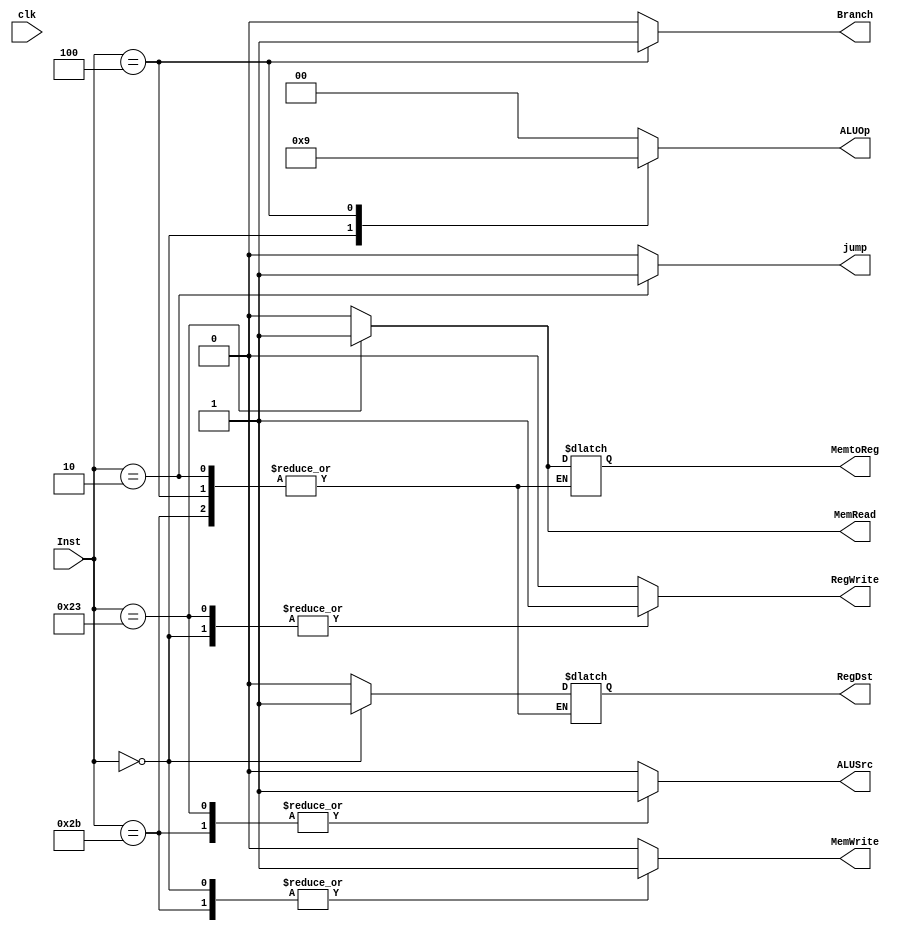
module Control(Inst, RegDst, Branch,
               MemRead, MemtoReg, ALUOp,
               MemWrite, ALUSrc, RegWrite
               ,jump, clk);

  input [5:0] Inst;
  output reg [1:0] ALUOp;
  output reg RegDst,Branch,MemRead;
  output reg MemtoReg,MemWrite,ALUSrc,RegWrite,jump;
  input wire clk;

  initial begin
    jump = 0;
  end

  always @ (Inst) begin
    case(Inst)
        'b 000000: begin
            RegDst <= 1;
            Branch <= 0;
            jump = 0;
            MemRead <= 0;
            MemtoReg <= 0;
            ALUOp <= 'b 10;
            MemWrite <= 1;
            ALUSrc <= 0;
            RegWrite <= 1;
          end
        'b 100011: begin
            RegDst <= 0;
            Branch <= 0 ;
            jump = 0;
            MemRead <= 1;
            MemtoReg <= 1;
            ALUOp <= 'b 00;
            MemWrite <= 0;
            ALUSrc <= 1;
            RegWrite <= 1;
          end
        'b 101011: begin
            Branch <= 0;
            MemRead <= 0;
            jump = 0;
            ALUOp <= 'b 00;
            MemWrite <= 1;
            ALUSrc <= 1;
            RegWrite <= 0;
          end
        'b 000100: begin
            Branch <= 1;
            MemRead <=0;
            jump = 0;
            ALUOp <= 'b 01;
            MemWrite <= 0;
            ALUSrc <= 0;
            RegWrite <= 0;
          end
        'b 000010: begin
            Branch <= 0;
            jump = 1;
            MemRead <=0;
            ALUOp <= 'b 00;
            MemWrite <= 0;
            ALUSrc <= 0;
            RegWrite <= 0;
          end
          default : begin
            RegDst <= 0;
            Branch <= 0;
            jump = 0;
            MemRead <= 0;
            MemtoReg <= 0;
            ALUOp <= 'b 00;
            MemWrite <= 0;
            ALUSrc <= 0;
            RegWrite <= 0;
          end
      endcase
    end
endmodule //control #Pg 323 #Slide 5-22

/*module beanchCtrl ();
    reg [5:0] Inst;
    wire [1:0] ALUOp;
    wire RegDst,Branch,MemRead,MemtoReg,MemWrite,ALUSrc,RegWrite;
    initial begin
      $dumpfile("Control.vcd"); $dumpvars;
      #10 Inst= 'b 000000;
      #20 Inst='b 100011;
      #10 Inst='b 101011;
      #20 Inst='b 000100;
      #10 Inst='b 000101;
      #20 Inst='b 000000;
      #10 $finish;
    end
    Control cntr(Inst, RegDst, Branch, MemRead, MemtoReg, ALUOp, MemWrite, ALUSrc, RegWrite);
endmodule // beanch*/